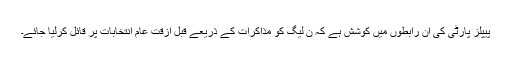
پیپلز پارٹی کی ان رابطوں میں کوشش ہے کہ ن لیگ کو مذاکرات کے ذریعے قبل ازقت عام انتخابات پر قائل کرلیا جائے۔